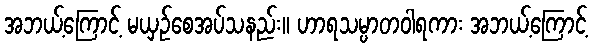
အဘယ့်ကြောင့် မယှဉ်စေအပ်သနည်း။ ဟာရသမ္ပာတဝါရကား အဘယ့်ကြောင့်